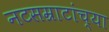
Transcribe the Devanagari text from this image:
नटसम्राटांच्या